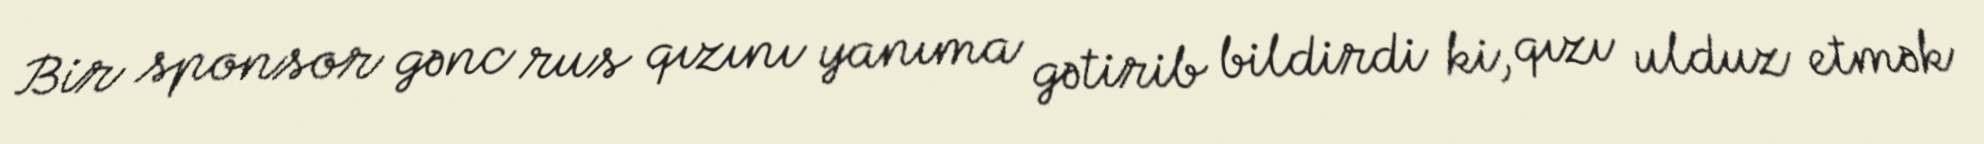
Bir sponsor gənc rus qızını yanıma gətirib bildirdi ki, qızı ulduz etmək